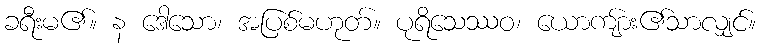
ခရီးမ၏။ န ဒေါသော၊ အပြစ်မဟုတ်။ ပုရိသေဿဝ၊ ယောကျ်ား၏သာလျှင်။